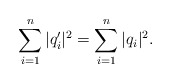
\begin{align*}\sum_{i=1}^n|q_i'|^2=\sum_{i=1}^n|q_i|^2.\end{align*}